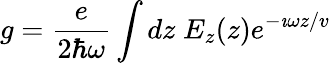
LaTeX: g=\frac{e}{2\hbar\omega}\int dz\; E_{z}(z)e^{-\imath\omega z/v}